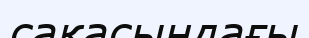
сақасындағы